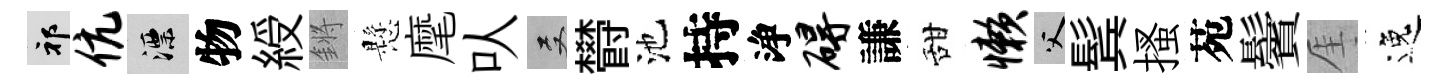
祁伉漂物綬鏘懸麾㕥双欎池持浄碍謙甜懒父鬂搔苑鬢厓逸